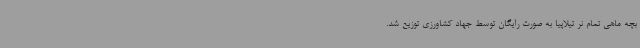
بچه ماهی تمام نر تیلاپیا به صورت رایگان توسط جهاد کشاورزی توزیع شد.